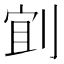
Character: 𫦄